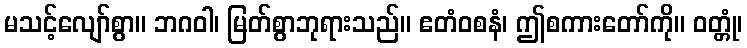
မသင့်လျော်စွာ။ ဘဂဝါ၊ မြတ်စွာဘုရားသည်။ ဧတံဝစနံ၊ ဤစကားတော်ကို။ ဝတ္တုံ၊